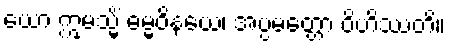
ယော ဣမသ္မိံ ဓမ္မဝိနယေ၊ အပ္ပမတ္တော ဝိဟိဿတိ။